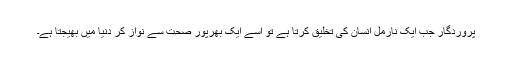
پروردگار جب ایک نارمل انسان کی تخلیق کرتا ہے تو اسے ایک بھرپور صحت سے نواز کر دنیا میں بھیجتا ہے۔